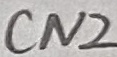
Text: CN2